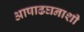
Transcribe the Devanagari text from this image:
आषाढघनाशी